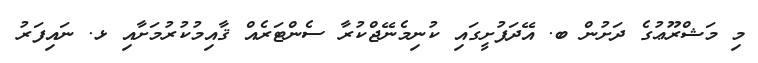
މި މަޝްރޫޢުގެ ދަށުން ބ. އޭދަފުށީގައި ކުނިމެނޭޖްކުރާ ސެންޓަރެއް ޤާއިމުކުރުމަށާއި ޅ. ނައިފަރު